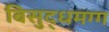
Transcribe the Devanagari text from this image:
बिसुद्धमग्ग